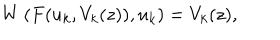
W \left( F ( u _ { k } , V _ { k } ( z ) ) , u _ { k } \right) = V _ { k } ( z ) ,